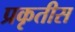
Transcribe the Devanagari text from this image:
प्रकृतीस